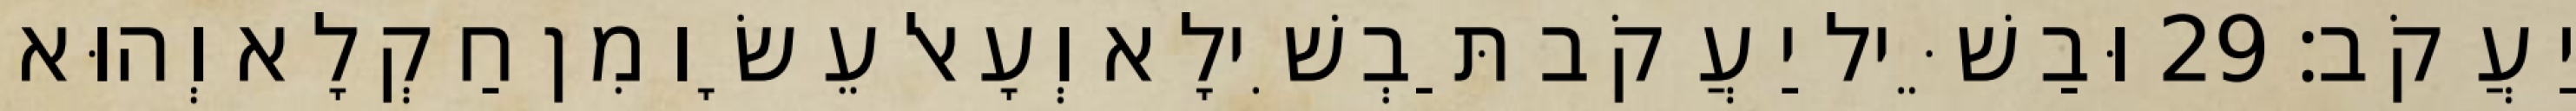
יַעֲקֹב׃ 29 וּבַשֵּׁיל יַעֲקֹב תַּבְשִׁילָא וְעָאל עֵשָׂו מִן חַקְלָא וְהוּא